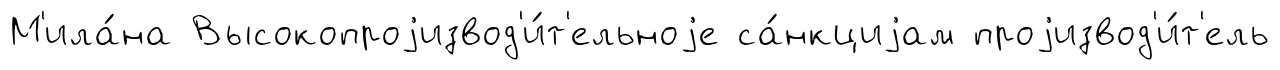
М'ила́на Высокопроjизвод'и́т'ельноjе са́нкциjам проjизвод'и́т'ель